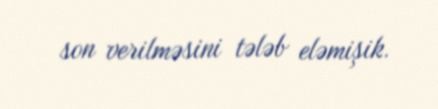
son verilməsini tələb eləmişik.